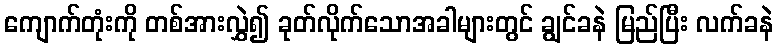
ကျောက်တုံးကို တစ်အားလွှဲ၍ ခုတ်လိုက်သောအခါများတွင် ချွင်ခနဲ မြည်ပြီး လက်ခနဲ